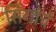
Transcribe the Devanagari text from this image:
सिंगांचे